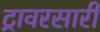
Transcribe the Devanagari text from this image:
ट्रावरसारी